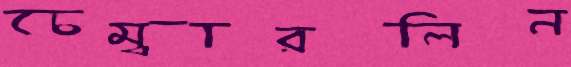
চেম্বারলিন